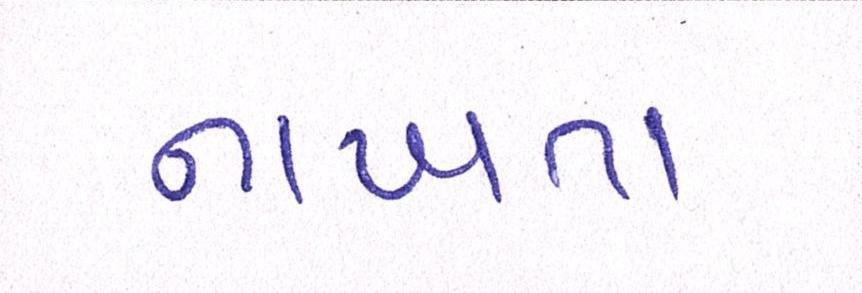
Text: નાખતા